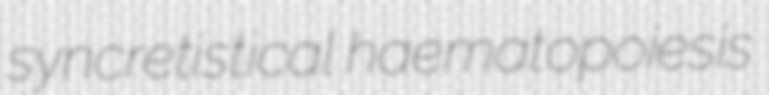
syncretistical haematopoiesis